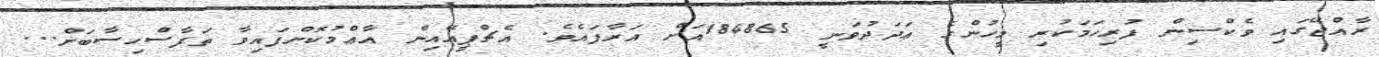
ރާއްޖޭގައި ވެކްސިން ފުރިހަމަކުރި މީހުންގެ ޢަދަދުވަނީ 184865އަށް އަރާފައެވެ. އެޗްޕީއޭއިން އާޢްމުކޮށްފައިވާ ތަފާސްހިސާބަށް...